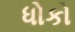
ધોકો